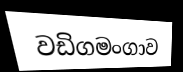
වඩිගමංගාව